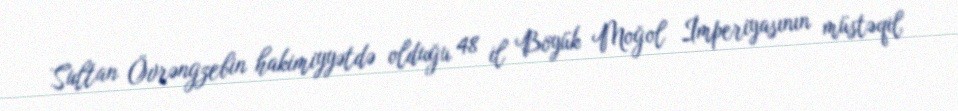
Sultan Övrəngzebin hakimiyyətdə olduğu 48 il Böyük Moğol İmperiyasının müstəqil